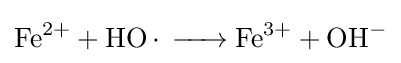
{\ce {Fe^2+ +HO. -> Fe^3+ +OH-}}